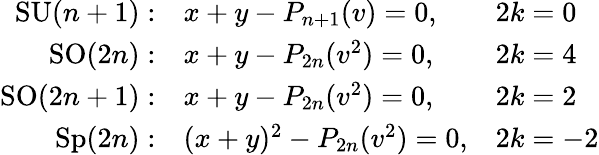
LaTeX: \begin{array}{rll}{{\mathrm{SU}(n+1):}}&{{x+y-P_{n+1}(v)=0,}}&{{2k=0}}\\ {{\mathrm{SO}(2n):}}&{{x+y-P_{2n}(v^{2})=0,}}&{{2k=4}}\\ {{\mathrm{SO}(2n+1):}}&{{x+y-P_{2n}(v^{2})=0,}}&{{2k=2}}\\ {{\mathrm{Sp}(2n):}}&{{(x+y)^{2}-P_{2n}(v^{2})=0,}}&{{2k=-2}}\end{array}